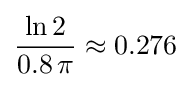
{\frac {\ln {2}}{0.8\ \!\pi }}\approx 0.276